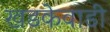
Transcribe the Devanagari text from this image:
खडकेवाडी